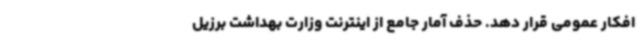
افکار عمومی قرار دهد. حذف آمار جامع از اینترنت وزارت بهداشت برزیل